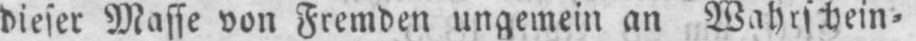
dieser Masse von Fremden ungemein an Wahrschein⸗